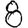
Digit: 8